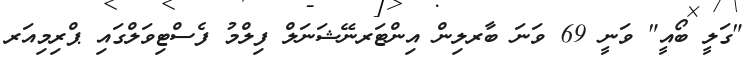
"ގަލީ ބޯއީ" ވަނީ 69 ވަނަ ބާރލިން އިންޓަރނޭޝަނަލް ފިލްމު ފެސްޓިވަލްގައި ޕްރިމިއަރ